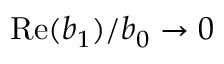
\mathrm { R e } ( b _ { 1 } ) / b _ { 0 } \rightarrow 0